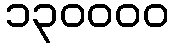
၁၃၀၀၀၀